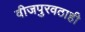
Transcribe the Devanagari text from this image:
वीजपुरवठाही